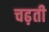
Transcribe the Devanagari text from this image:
चढ़़ती